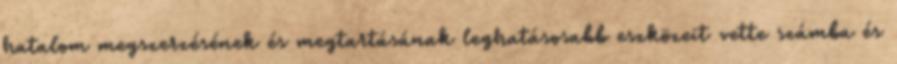
hatalom megszerzésének és megtartásának leghatásosabb eszközeit vette számba és